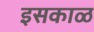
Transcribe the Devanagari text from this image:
इसकाळ